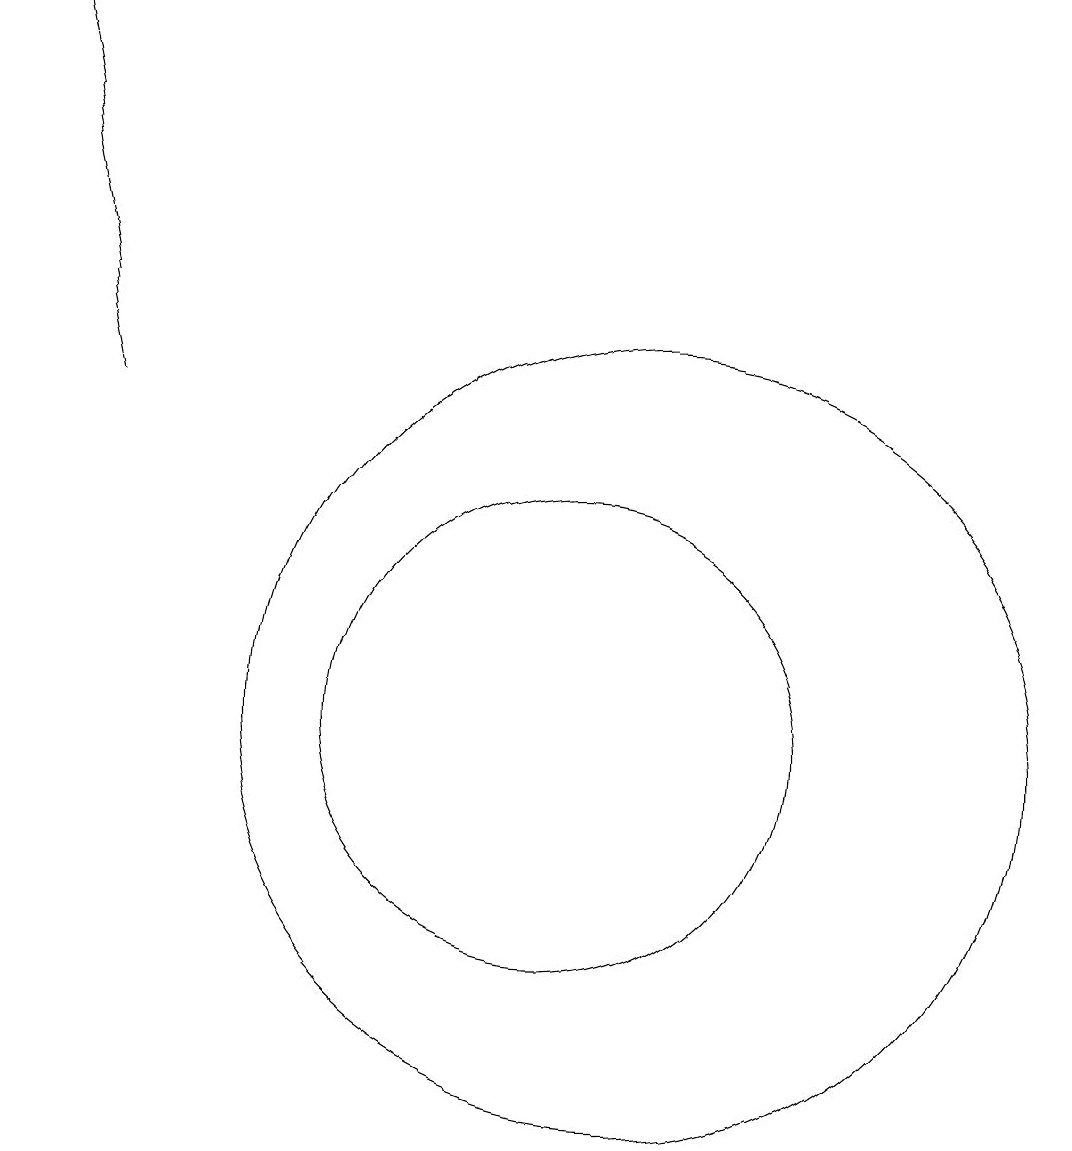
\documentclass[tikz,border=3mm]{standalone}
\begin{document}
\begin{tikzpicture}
\draw[->] (4,14) -- (3,19);
\draw (11,10) circle (5);
\draw (10,10) circle (3);
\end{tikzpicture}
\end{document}